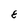
Character: E